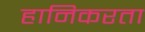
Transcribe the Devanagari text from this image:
हानिकरता